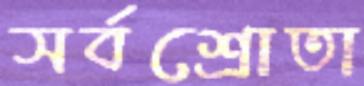
সর্বশ্রোতা